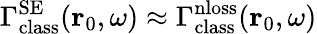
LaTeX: \Gamma_{\mathrm{class}}^{\mathrm{SE}}(\mathbf{r}_{0},\omega)\approx\Gamma_{\mathrm{class}}^{\mathrm{nloss}}(\mathbf{r}_{0},\omega)